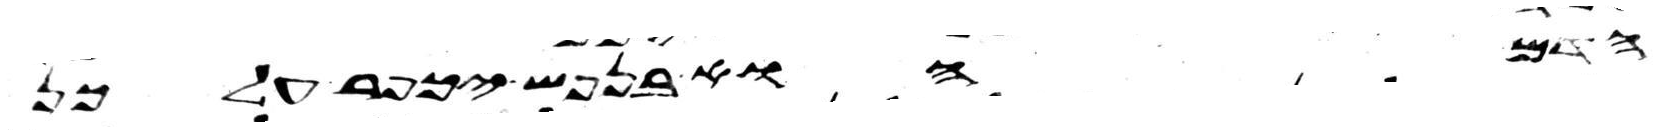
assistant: הדם הוא בנפש יכפר על כן